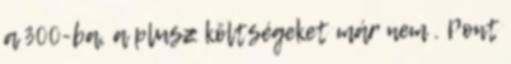
a 300-ba, a plusz költségeket már nem . Pont